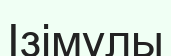
Ізімұлы